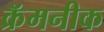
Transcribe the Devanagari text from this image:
क्रॅमनीक